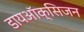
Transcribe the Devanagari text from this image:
डायऑक्सिजन